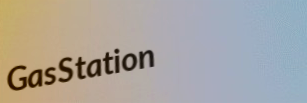
GasStation